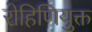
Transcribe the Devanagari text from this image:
रोहिणियुक्त